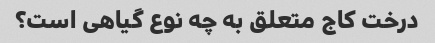
درخت کاج متعلق به چه نوع گیاهی است؟